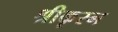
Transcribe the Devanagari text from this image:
श्रीकृस्‍न